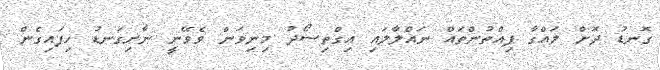
ގޮނޑު ދޮށް ލައްގާ ފިއްތުންތައް ނައްލާލައި އިގްތިސޯދު މިނިވަން ވެވޭނީ ނާށިގަނޑު ހިފައިގެން